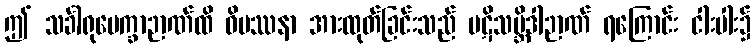
ဤ သင်္ခါရုပေက္ခာဉာဏ်ထိ ဝိပဿနာ အားထုတ်ခြင်းသည် ပဋိသမ္ဘိဒါဉာဏ် ရကြောင်း ငါးပါး၌